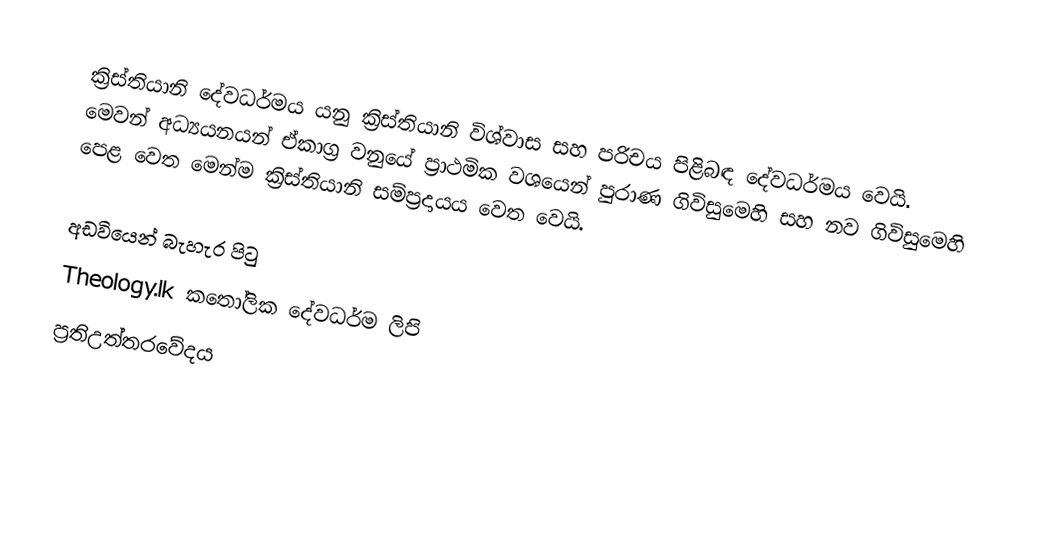
ක්‍රිස්තියානි දේවධර්මය යනු ක්‍රිස්තියානි විශ්වාස සහ පරිචය පිළිබඳ දේවධර්මය වෙයි.  මෙවන් අධ්‍යයනයන් ඒකාග්‍ර වනුයේ ප්‍රාථමික වශයෙන් පුරාණ ගිවිසුමෙහි සහ නව  ගිවිසුමෙහි  පෙළ වෙත මෙන්ම ක්‍රිස්තියානි සම්ප්‍රදායය වෙත වෙයි.

අඩවියෙන් බැහැර පිටු
 Theology.lk කතෝලික දේවධර්ම ලිපි
 ප්‍රතිඋත්තරවේදය